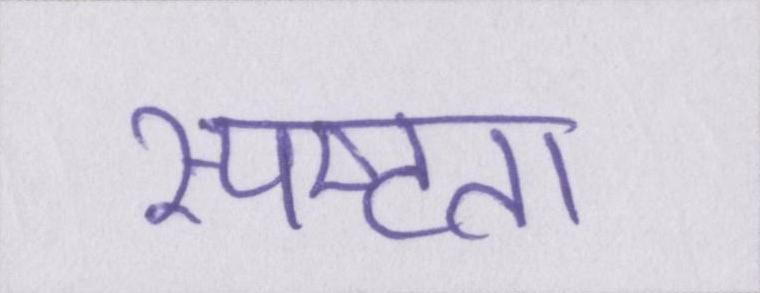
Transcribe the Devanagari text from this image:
स्पष्टता